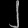
Digit: ၂